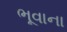
ભૂવાના